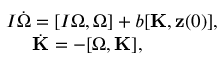
\begin{array} { r } { I \dot { \boldsymbol \Omega } = [ I { \boldsymbol \Omega } , { \boldsymbol \Omega } ] + b [ { \bf K } , { \bf z } ( 0 ) ] , } \\ { \dot { \bf K } = - [ { \boldsymbol \Omega } , { \bf K } ] , \qquad \qquad } \end{array}